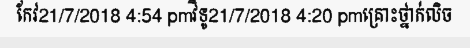
កែវ21/7/2018 4:54 pmវិទូ21/7/2018 4:20 pmគ្រោះថ្នាក់លិច